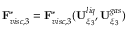
\mathbf { F } _ { v i s c , 3 } ^ { * } = \mathbf { F } _ { v i s c , 3 } ^ { * } ( \mathbf { U } _ { \xi _ { 3 } } ^ { l i q } , \mathbf { U } _ { \xi _ { 3 } } ^ { g a s } )